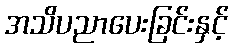
အသိပညာပေးခြင်းနှင့်